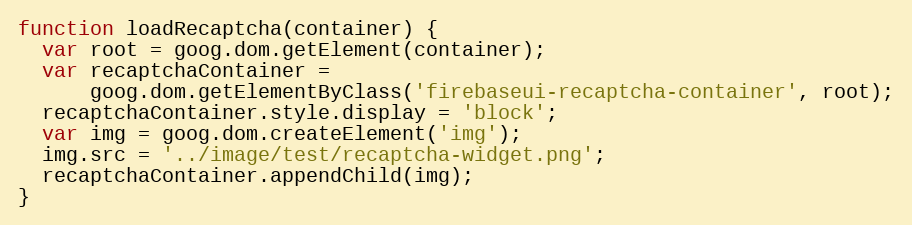
Language: JavaScript
function loadRecaptcha(container) {
  var root = goog.dom.getElement(container);
  var recaptchaContainer =
      goog.dom.getElementByClass('firebaseui-recaptcha-container', root);
  recaptchaContainer.style.display = 'block';
  var img = goog.dom.createElement('img');
  img.src = '../image/test/recaptcha-widget.png';
  recaptchaContainer.appendChild(img);
}